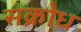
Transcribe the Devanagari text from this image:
सक्रोध